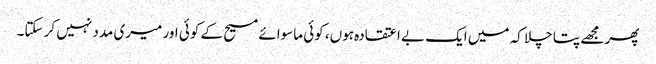
پھر مجھے پتا چلا کہ میں ایک بے اعتقادہ ہوں، کوئی ماسوائے مسیح کے کوئی اور میری مدد نہیں کر سکتا۔